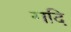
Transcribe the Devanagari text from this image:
गदि